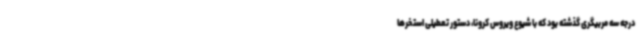
درجه سه مربیگری گذشته بود که با شیوع ویروس کرونا، دستور تعطیلی استخرها